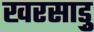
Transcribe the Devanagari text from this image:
खरसाड़ु